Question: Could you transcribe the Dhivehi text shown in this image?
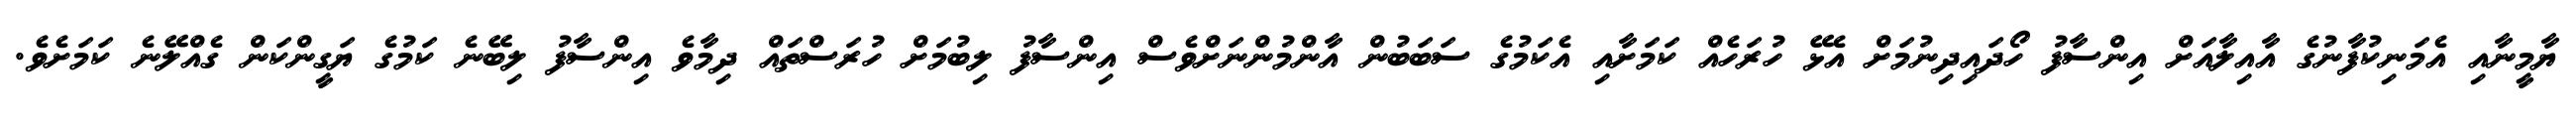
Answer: ޔާމީނާއި އެމަނިކުފާނުގެ އާއިލާއަށް އިންސާފު ހޯދައިދިނުމަށް އެޅޭ ހުރަހެއް ކަމަށާއި އެކަމުގެ ސަބަބުން އާންމުންނަށްވެސް އިންސާފު ލިބުމަށް ހުރަސްތައް ދިމާވެ އިންސާފު ލިބޭނެ ކަމުގެ ޔަގީންކަން ގެއްލޭނެ ކަމަށެވެ.